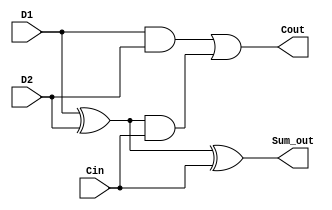
`timescale 1ns/1ps

//Assume the full adder shown below.
//Write a test bench to test it

module Full_Adder( 
  input D1, D2, Cin, 
  output Sum_out, Cout
  );  
    wire a1, a2, a3;    

xor u1(a1,D1,D2);
and u2(a2,D1,D2);
and u3(a3,a1,Cin);
or u4(Cout,a2,a3);
xor u5(Sum_out,a1,Cin); 

endmodule  

module tb_fadder;

    reg Data_in_D1;
    reg Data_in_D2;
    reg Data_in_Cin;
    
    wire Sum,Coutput;

    Full_Adder uut (
        .D1(Data_in_D1),
        .D2(Data_in_D2),
        .Cin(Data_in_Cin),
        .Sum_out(Sum),
        .Cout(Coutput)
    );

    initial begin
    $dumpfile ("Full_adder.vcd");
    $dumpvars(0, tb_fadder);
    
    Data_in_D1 = 0;
    Data_in_D2 = 0;
    Data_in_Cin = 0;
    
    #100

    Data_in_D1 = 0;     Data_in_D2 = 0;     Data_in_Cin = 1;  #10;
    Data_in_D1 = 0;     Data_in_D2 = 1;     Data_in_Cin = 0;  #10;
    Data_in_D1 = 0;     Data_in_D2 = 1;     Data_in_Cin = 1;  #10;
    Data_in_D1 = 1;     Data_in_D2 = 0;     Data_in_Cin = 0;  #10;
    Data_in_D1 = 1;     Data_in_D2 = 0;     Data_in_Cin = 1;  #10;
    Data_in_D1 = 1;     Data_in_D2 = 1;     Data_in_Cin = 0;  #10;
    Data_in_D1 = 1;     Data_in_D2 = 1;     Data_in_Cin = 1;  #10;
end

endmodule